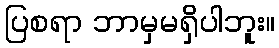
ပြစရာ ဘာမှမရှိပါဘူး။